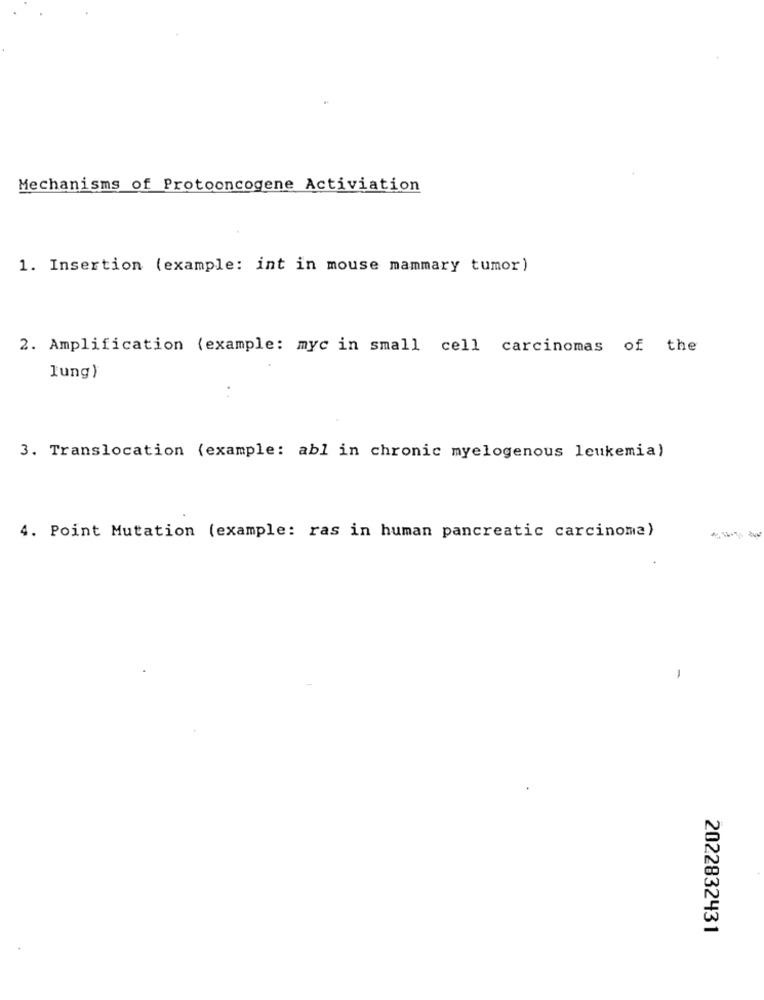
Mechanisms of Protooncogene Activiation
1. Insertion (example: int in mouse mammary tumor)
2. Amplification (example: myc in small cell carcinomas of the
lung)
3. Translocation (example: abl in chronic myelogenous leukemia)
4. Point Mutation (example: ras in human pancreatic carcinoma)
2022832431